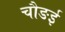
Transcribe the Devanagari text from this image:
चौङई